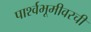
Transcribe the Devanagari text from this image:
पार्श्वभूमीवरची